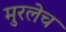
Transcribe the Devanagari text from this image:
मुरलेच